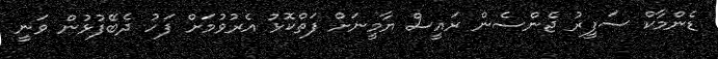
ޑެންމާކް ސަފީރު ޖެންސެން ރައީސް ޔާމީނަށް ފަތްކޮޅު އެރުވުމަށް ފަހު ދެބޭފުޅުން ވަނީ